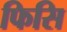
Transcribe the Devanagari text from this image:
फिसि